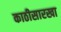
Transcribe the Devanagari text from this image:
काठीसारखा